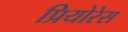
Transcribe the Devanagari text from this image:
प्रियोरेस